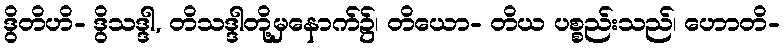
ဒွိတိဟိ- ဒွိသဒ္ဒါ, တိသဒ္ဒါတို့မှနောက်၌၊ တိယော- တိယ ပစ္စည်းသည်၊ ဟောတိ-